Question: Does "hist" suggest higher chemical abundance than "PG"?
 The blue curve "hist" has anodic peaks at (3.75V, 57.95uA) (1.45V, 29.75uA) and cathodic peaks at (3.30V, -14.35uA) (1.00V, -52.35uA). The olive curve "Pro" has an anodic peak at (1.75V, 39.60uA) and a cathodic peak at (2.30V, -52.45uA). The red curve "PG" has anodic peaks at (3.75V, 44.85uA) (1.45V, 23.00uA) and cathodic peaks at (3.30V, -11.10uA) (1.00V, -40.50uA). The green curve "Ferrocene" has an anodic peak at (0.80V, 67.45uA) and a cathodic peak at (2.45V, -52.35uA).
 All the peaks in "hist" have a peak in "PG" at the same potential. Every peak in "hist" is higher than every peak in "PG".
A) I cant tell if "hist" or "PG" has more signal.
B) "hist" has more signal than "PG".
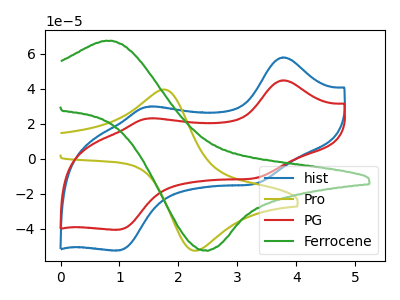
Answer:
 <answer>B) "hist" has more signal than "PG".</answer>
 <eval>B</eval>